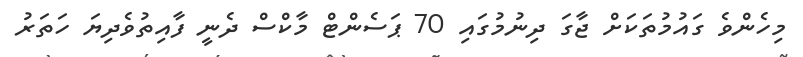
މިހެންވެ ގައުމުތަކަށް ޖާގަ ދިނުމުގައި 70 ޕަސެންޓް މާކްސް ދެނީ ފާއިތުވެދިޔަ ހަތަރު